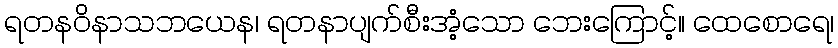
ရတနဝိနာသဘယေန၊ ရတနာပျက်စီးအံ့သော ဘေးကြောင့်။ ထေစောရေ၊